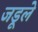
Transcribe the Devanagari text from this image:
जडूले